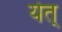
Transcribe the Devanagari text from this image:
येत्